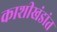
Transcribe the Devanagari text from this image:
काशीखंडांत